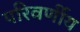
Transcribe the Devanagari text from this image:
परिवर्णीय